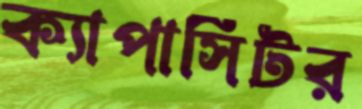
ক্যাপাসিটর